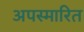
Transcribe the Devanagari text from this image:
अपस्मारित